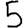
Digit: 5